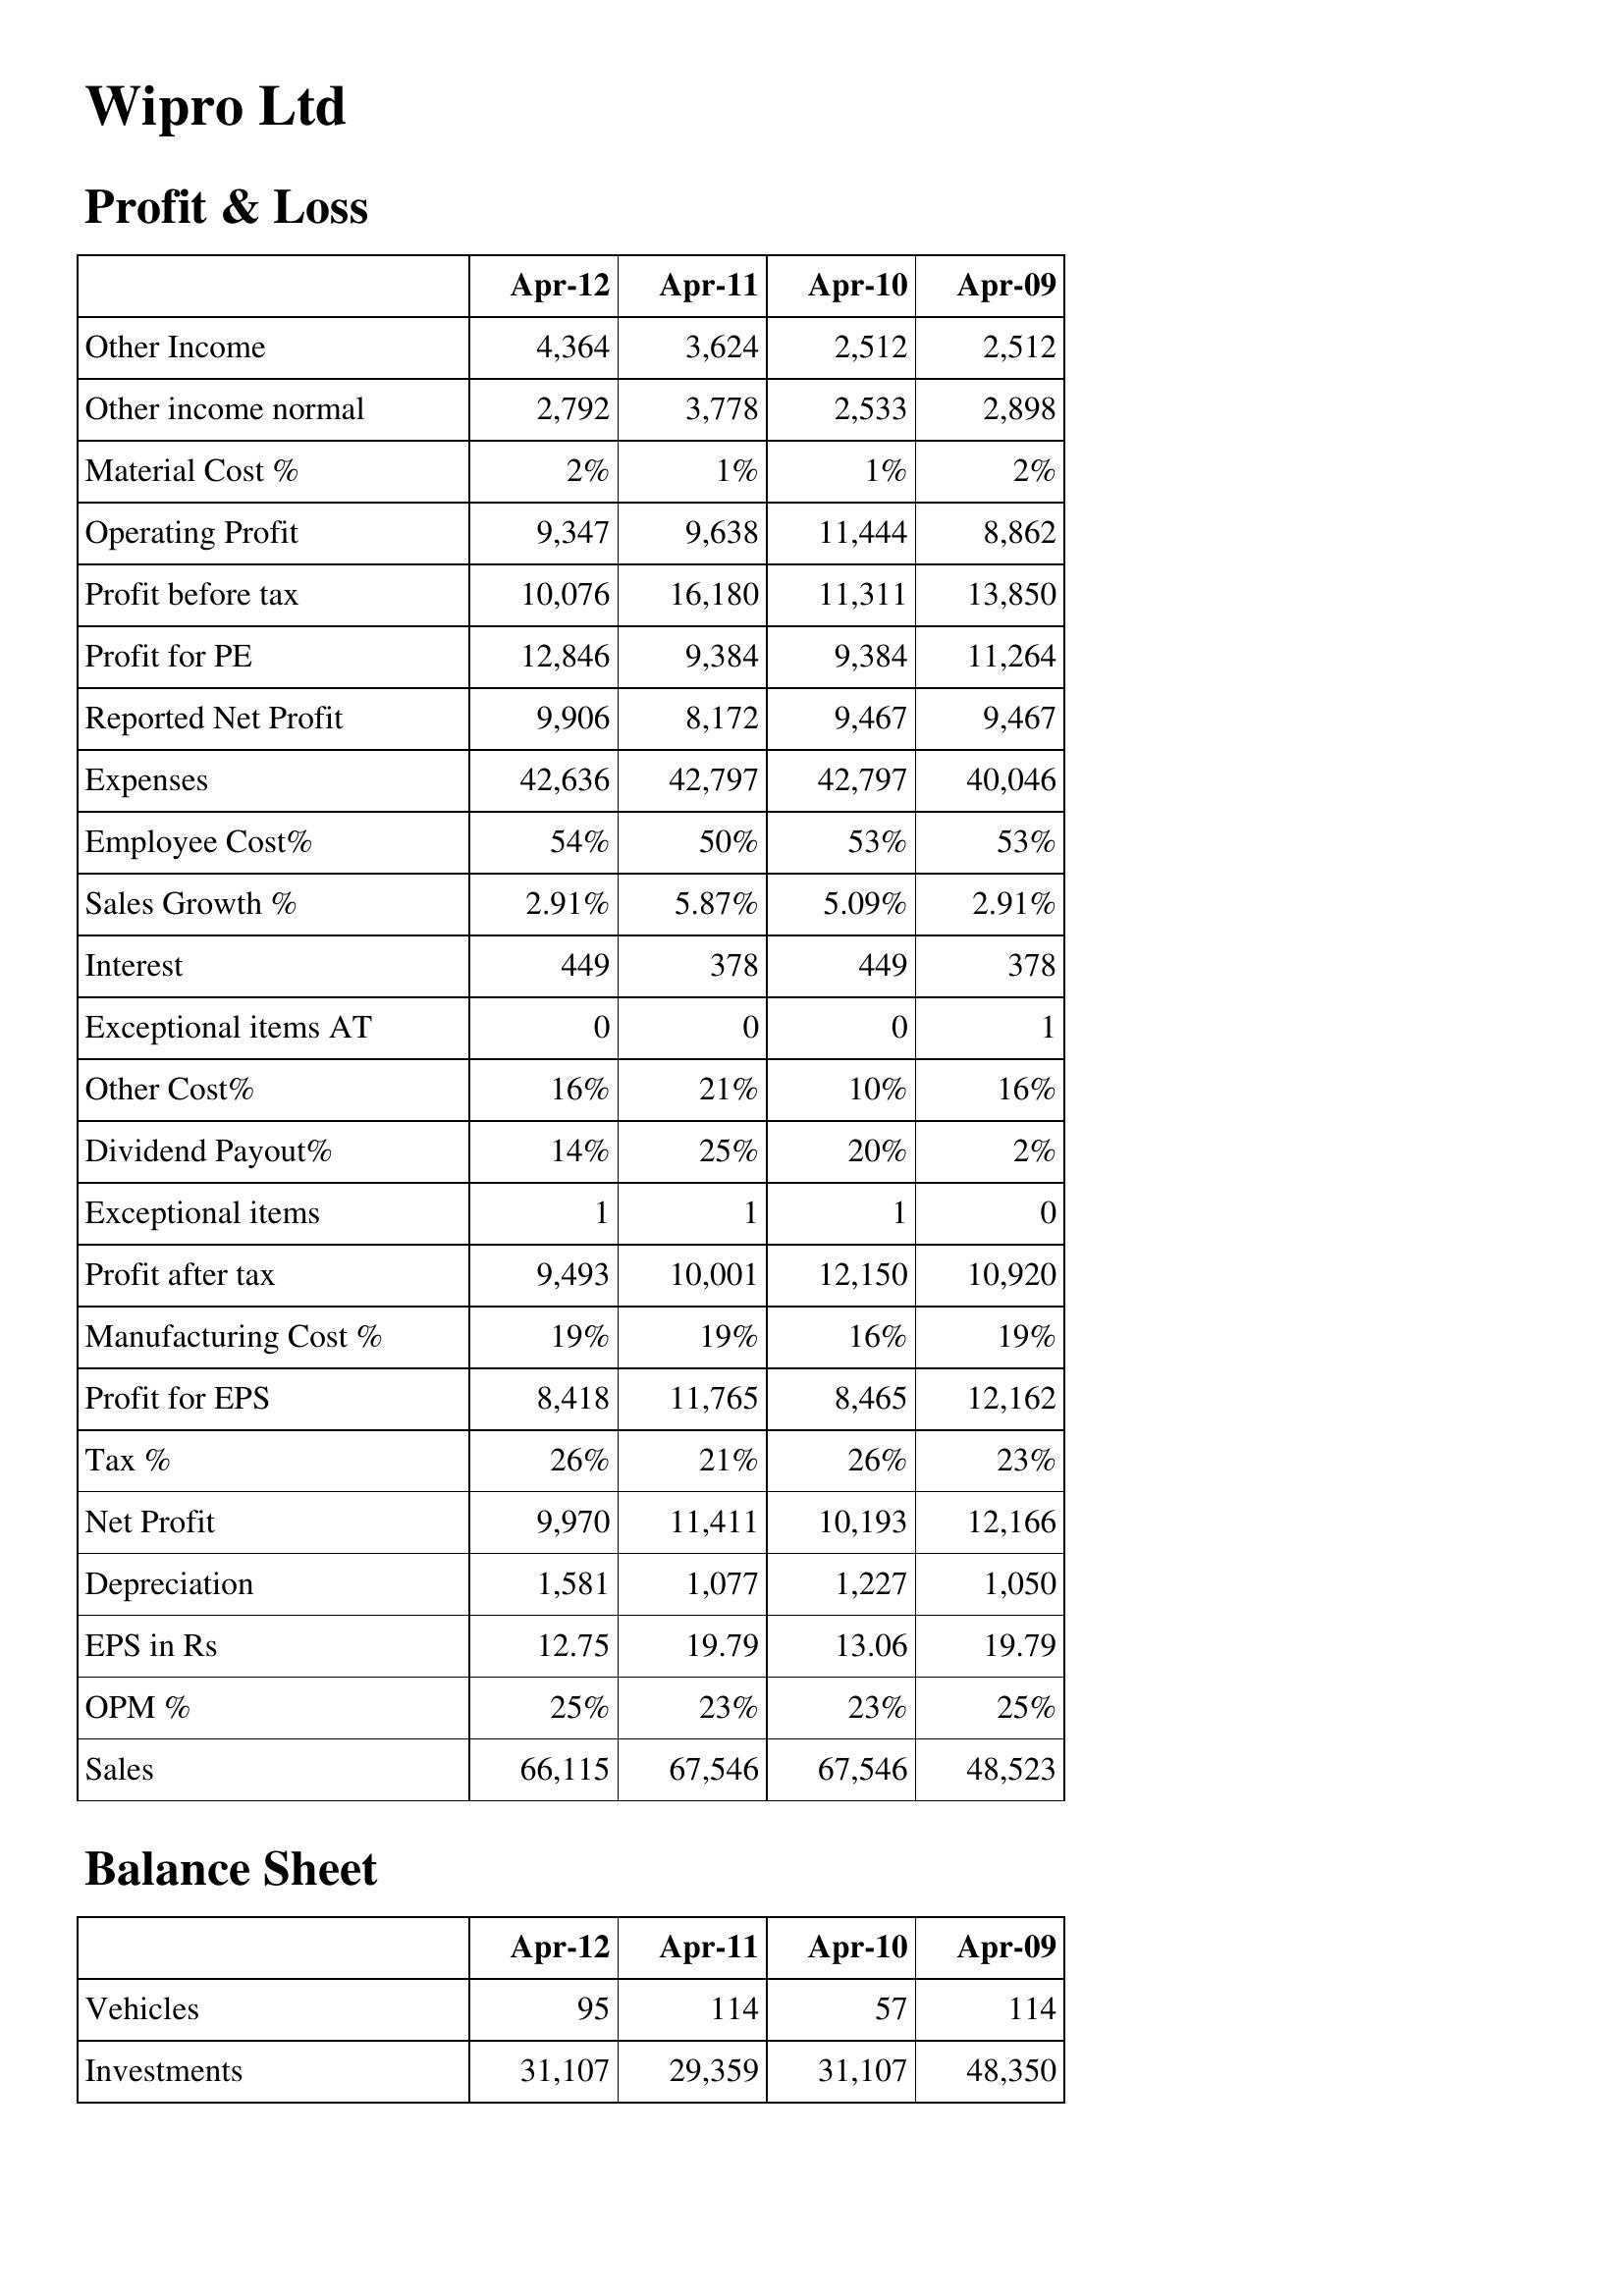
Apr-12: Profit & Loss: Other Income: 4,364
Other income normal: 2,792
Material Cost %: 2%
Operating Profit: 9,347
Profit before tax: 10,076
Profit for PE: 12,846
Reported Net Profit: 9,906
Expenses: 42,636
Employee Cost%: 54%
Sales Growth %: 2.91%
Interest: 449
Exceptional items AT: 0
Other Cost%: 16%
Dividend Payout%: 14%
Exceptional items: 1
Profit after tax: 9,493
Manufacturing Cost %: 19%
Profit for EPS: 8,418
Tax %: 26%
Net Profit: 9,970
Depreciation: 1,581
EPS in Rs: 12.75
OPM %: 25%
Sales: 66,115
Balance Sheet: Vehicles: 95
Investments: 31,107
Apr-11: Profit & Loss: Other Income: 3,624
Other income normal: 3,778
Material Cost %: 1%
Operating Profit: 9,638
Profit before tax: 16,180
Profit for PE: 9,384
Reported Net Profit: 8,172
Expenses: 42,797
Employee Cost%: 50%
Sales Growth %: 5.87%
Interest: 378
Exceptional items AT: 0
Other Cost%: 21%
Dividend Payout%: 25%
Exceptional items: 1
Profit after tax: 10,001
Manufacturing Cost %: 19%
Profit for EPS: 11,765
Tax %: 21%
Net Profit: 11,411
Depreciation: 1,077
EPS in Rs: 19.79
OPM %: 23%
Sales: 67,546
Balance Sheet: Vehicles: 114
Investments: 29,359
Apr-10: Profit & Loss: Other Income: 2,512
Other income normal: 2,533
Material Cost %: 1%
Operating Profit: 11,444
Profit before tax: 11,311
Profit for PE: 9,384
Reported Net Profit: 9,467
Expenses: 42,797
Employee Cost%: 53%
Sales Growth %: 5.09%
Interest: 449
Exceptional items AT: 0
Other Cost%: 10%
Dividend Payout%: 20%
Exceptional items: 1
Profit after tax: 12,150
Manufacturing Cost %: 16%
Profit for EPS: 8,465
Tax %: 26%
Net Profit: 10,193
Depreciation: 1,227
EPS in Rs: 13.06
OPM %: 23%
Sales: 67,546
Balance Sheet: Vehicles: 57
Investments: 31,107
Apr-09: Profit & Loss: Other Income: 2,512
Other income normal: 2,898
Material Cost %: 2%
Operating Profit: 8,862
Profit before tax: 13,850
Profit for PE: 11,264
Reported Net Profit: 9,467
Expenses: 40,046
Employee Cost%: 53%
Sales Growth %: 2.91%
Interest: 378
Exceptional items AT: 1
Other Cost%: 16%
Dividend Payout%: 2%
Exceptional items: 0
Profit after tax: 10,920
Manufacturing Cost %: 19%
Profit for EPS: 12,162
Tax %: 23%
Net Profit: 12,166
Depreciation: 1,050
EPS in Rs: 19.79
OPM %: 25%
Sales: 48,523
Balance Sheet: Vehicles: 114
Investments: 48,350